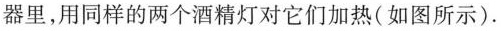
器里，用同样的两个酒精灯对它们加热(如图所示)。